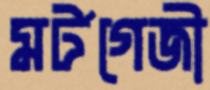
মর্টগেজী